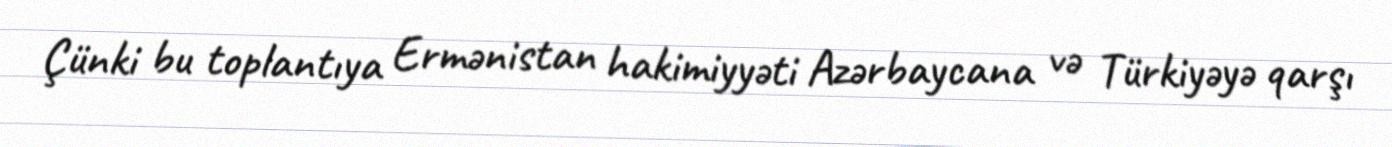
Çünki bu toplantıya Ermənistan hakimiyyəti Azərbaycana və Türkiyəyə qarşı